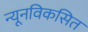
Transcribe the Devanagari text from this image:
न्यूनविकसित